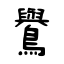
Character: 鸒